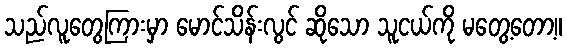
သည်လူတွေကြားမှာ မောင်သိန်းလွင် ဆိုသော သူငယ်ကို မတွေ့တော့။